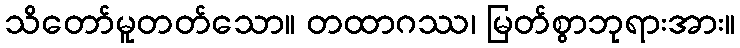
သိတော်မူတတ်သော။ တထာဂဿ၊ မြတ်စွာဘုရားအား။